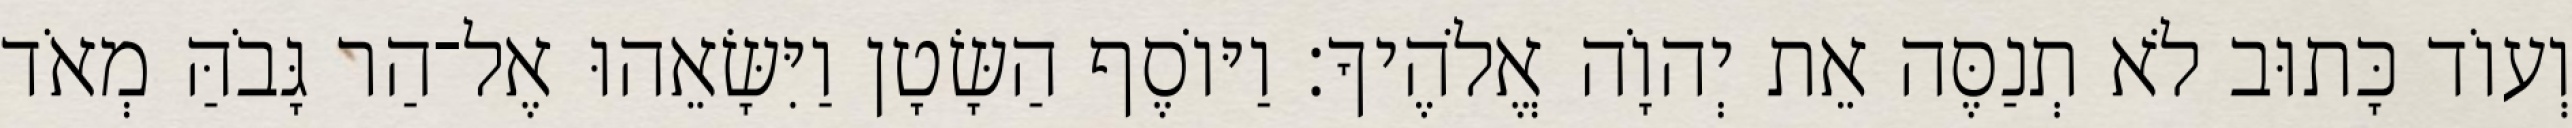
וְעוֹד כָּתוּב לֹא תְנַסֶּה אֵת יְהוָֹה אֱלֹהֶיךָ׃ וַיּוֹסֶף הַשָּׂטָן וַיִּשָּׂאֵהוּ אֶל־הַר גָּבֹהַּ מְאֹד